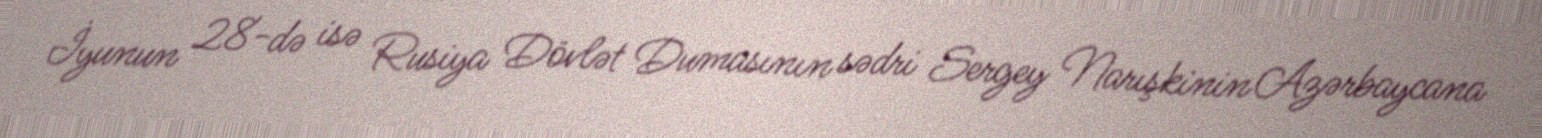
İyunun 28-də isə Rusiya Dövlət Dumasının sədri Sergey Narışkinin Azərbaycana